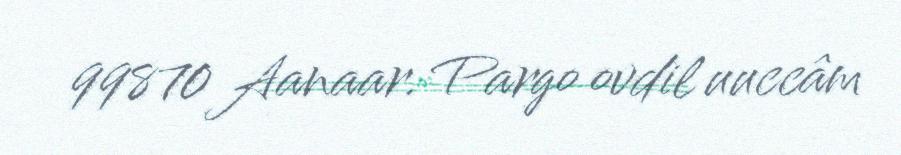
99870 Aanaar. Pargo ovdil uuccâm